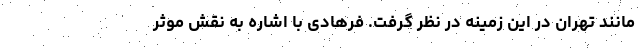
مانند تهران در این زمینه در نظر گرفت. فرهادی با اشاره به نقش موثر